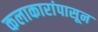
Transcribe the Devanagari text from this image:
कलाकारांपासून